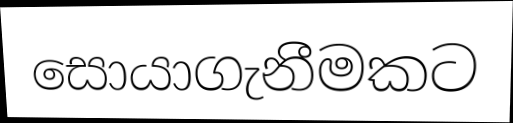
සොයාගැනීමකට